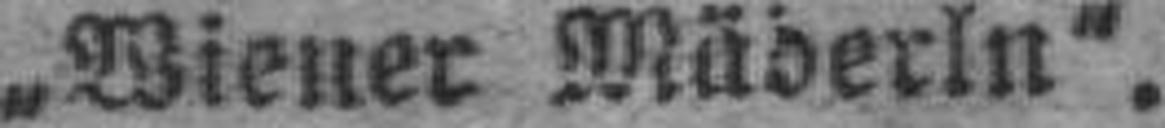
„Wiener Mäderln“.